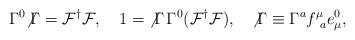
LaTeX: \begin{align*}\Gamma^0 {\not \Gamma} = {\cal F}^{\dag}{\cal F}, ~~~ 1 = {\not \Gamma} \, \Gamma^0 ({\cal F}^{\dag}{\cal F}), ~~~ {\not \Gamma} \equiv \Gamma^a f^\mu_{~a} e^0_\mu,\end{align*}